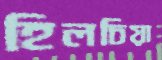
হিলচিয়া